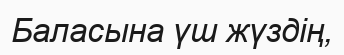
Баласына үш жүздің,